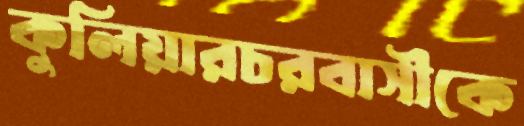
কুলিয়ারচরবাসীকে